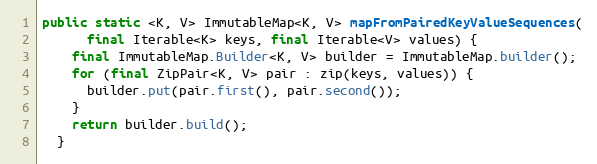
Language: Java
public static <K, V> ImmutableMap<K, V> mapFromPairedKeyValueSequences(
      final Iterable<K> keys, final Iterable<V> values) {
    final ImmutableMap.Builder<K, V> builder = ImmutableMap.builder();
    for (final ZipPair<K, V> pair : zip(keys, values)) {
      builder.put(pair.first(), pair.second());
    }
    return builder.build();
  }